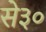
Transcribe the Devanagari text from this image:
से३०